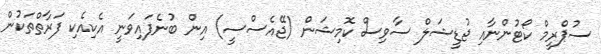
ސުޕްރީމް ކޯޓުންނާއި ޖުޑީޝަލް ސާވިސް ކޮމިޝަން (ޖޭއެސްސީ) އިން ބުނެފައިވަނީ އެކިއެކި ފަރާތްތަކުން